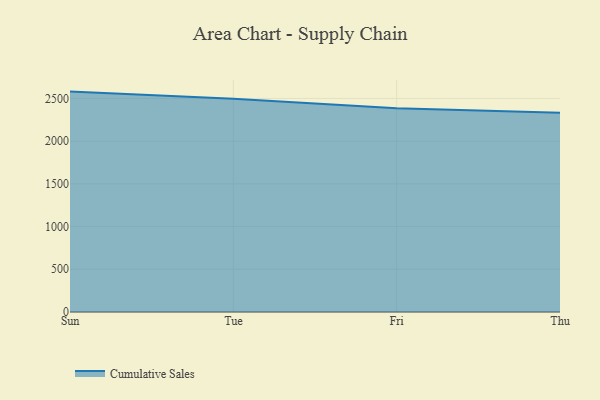
{"axis": {"x": "Day", "y": "Market Share (%)"}, "legend": ["Cumulative Sales"], "data": [{"x": "Sun", "y": 2580.2, "type": "Cumulative Sales"}, {"x": "Tue", "y": 2497.5, "type": "Cumulative Sales"}, {"x": "Fri", "y": 2385.9, "type": "Cumulative Sales"}, {"x": "Thu", "y": 2332.1, "type": "Cumulative Sales"}]}